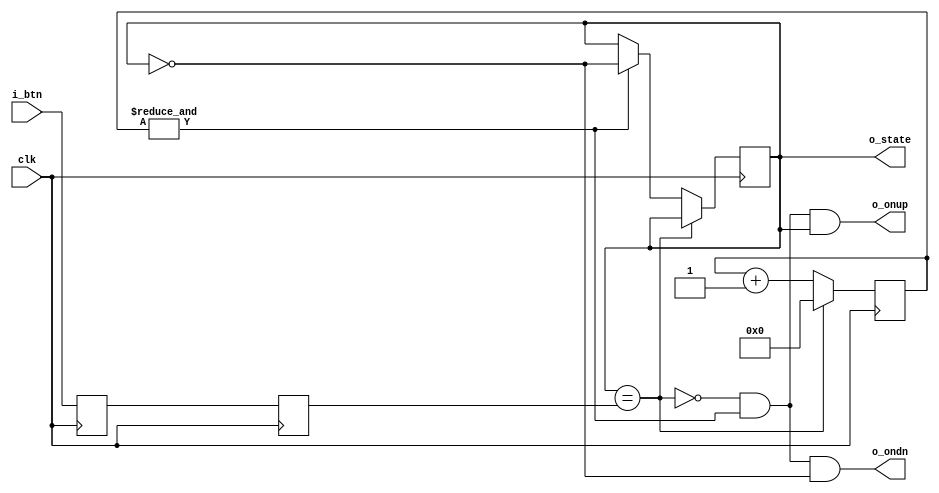
`timescale 1ns / 1ps
//////////////////////////////////////////////////////////////////////////////////
// Company: 
// Engineer: 
// 
// Design Name: 
// Module Name: debounce
// Project Name: 
// Target Devices: 
// Tool Versions: 
// Description: 
// 
// Dependencies: 
// 
// Revision:
// Revision 0.01 - File Created
// Additional Comments:
// 
//////////////////////////////////////////////////////////////////////////////////


module debounce(
    input wire clk,
    input wire i_btn,
    output reg o_state,
    output wire o_ondn,
    output wire o_onup
    );

    // sync with clock and combat metastability
    reg sync_0, sync_1;
    always @(posedge clk) sync_0 <= i_btn;
    always @(posedge clk) sync_1 <= sync_0;

    // 2.6 ms counter at 100 MHz
    reg [18:0] counter;
    wire idle = (o_state == sync_1);
    wire max = &counter;

    always @(posedge clk)
    begin
        if (idle)
            counter <= 0;
        else
        begin
            counter <= counter + 1;
            if (max)
                o_state <= ~o_state;
        end
    end

    assign o_ondn = ~idle & max & ~o_state;
    assign o_onup = ~idle & max & o_state;
endmodule